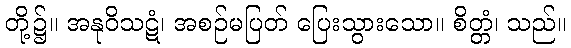
တို့၌။ အနုဝိသဋံ၊ အစဉ်မပြတ် ပြေးသွားသော။ စိတ္တံ၊ သည်။